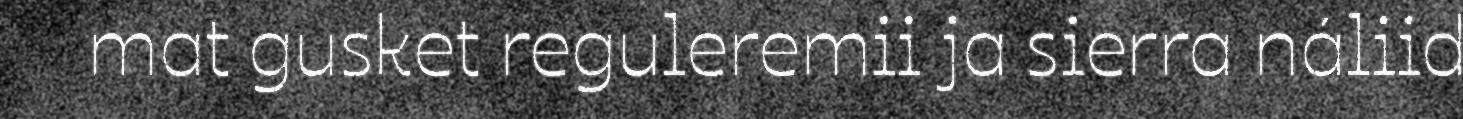
mat gusket reguleremii ja sierra náliid